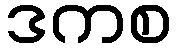
ဒကစ